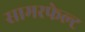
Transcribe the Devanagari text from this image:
सामरफेल्ट